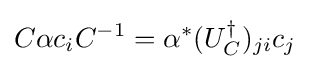
C\alpha c_{i}C^{-1}=\alpha ^{*}(U_{C}^{\dagger })_{ji}c_{j}